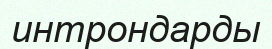
интрондарды